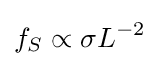
f_{S}\propto \sigma L^{-2}